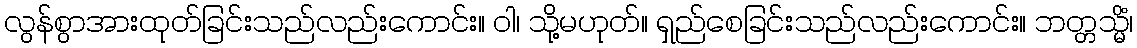
လွန်စွာအားထုတ်ခြင်းသည်လည်းကောင်း။ ဝါ၊ သို့မဟုတ်။ ရှည်စေခြင်းသည်လည်းကောင်း။ ဘတ္တသ္မိံ၊